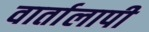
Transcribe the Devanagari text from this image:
वार्तालापी